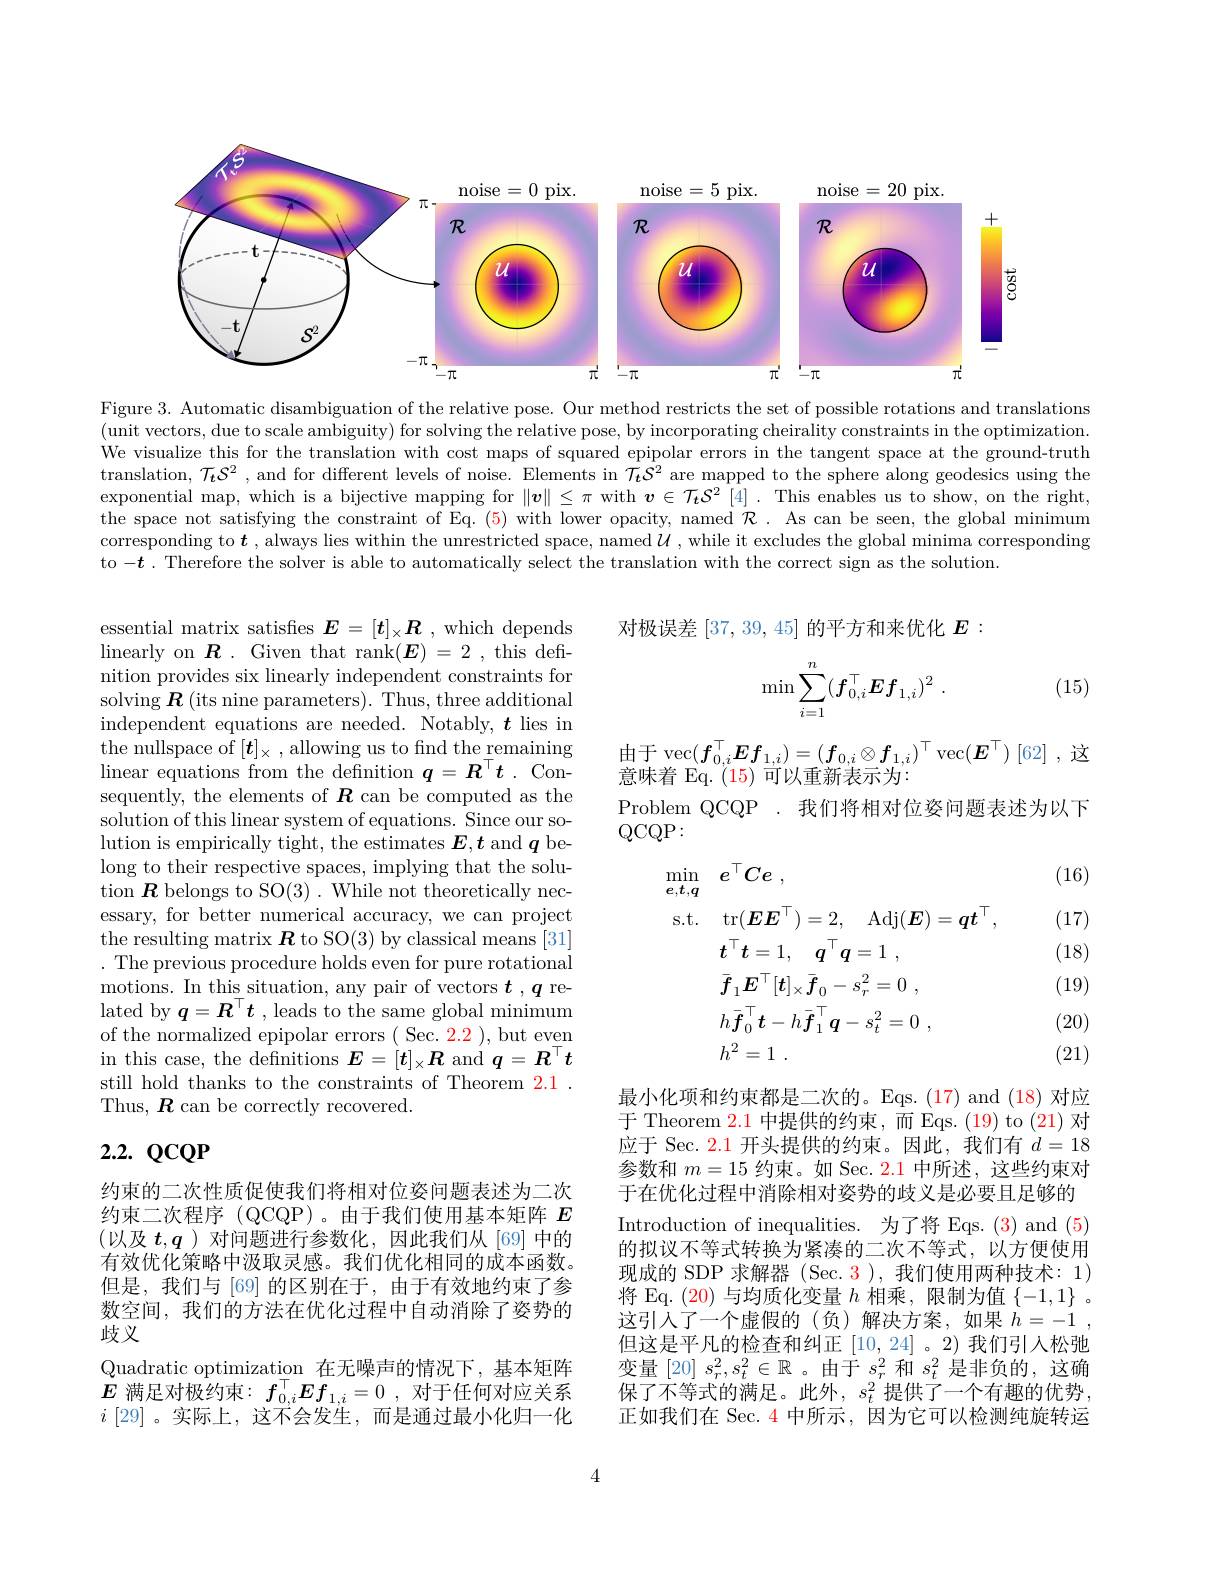
<FigureHere>

Figure 3. Automatic disambiguation of the relative pose. Our method restricts the set of posssible rotations and translations (unit vectors, due to scale ambiguity) for solving the relative pose, by incorporating cheirality constraints in the optimization. We visualize this for the translation with cost maps of squared epipolar errors in the tangent space at the ground-truth translation, $\mathcal{T}_t\mathcal{S}^2$ , and for different levels of noise. Elements in $\mathcal{T}_t\mathcal{S}^2$ are mapped to the sphere along geodesics using the exponential map, which is a bijective mapping for $\|\boldsymbol{v}\|\leq\pi$ with $\boldsymbol{v}\in\mathcal{T_tS}^2[4].$ This enables us to show, on the right, the space not satisfying the constraint of Eq. (5) with lower opacity, named $\mathcal{R}.$ As can be seen, the global minimum corresponding to $\boldsymbol{t}$ , always lies within the unrestricted space, named $\mathcal{U}$, while it excludes the global minima corresponding to $-\boldsymbol{t}.$ Therefore the solver is able to automatically select the translation with the correct sign as the solution.

对极误差[37,39,45] 的平方和来优化 $E:$

(15)
$$\min\sum_{i=1}^n(f_{0,i}^\top Ef_{1,i})^2\:.$$
由于
$$\operatorname{vec}(\boldsymbol{f}_{0,i}^{\top}\boldsymbol{E}\boldsymbol{f}_{1,i})=(\boldsymbol{f}_{0,i}\otimes\boldsymbol{f}_{1,i})^{\top}\operatorname{vec}(\boldsymbol{E}^{\top})$$
意味着 Eq. (15)可以重新表示为：
Problem QCQP . 我们将相对位姿问题表述为以下
$QCQP:$

essential matrix satisfies $\boldsymbol E=[\boldsymbol{t}]_\times\boldsymbol{R}$ , which depends linearly on $\boldsymbol{R}.$ Given that rank$(\boldsymbol E)=2$, this definition provides six linearly independent constraints for solving $\boldsymbol R$ (its nine parameters). Thus, three additional independent equations are needed. Notably, $t$ lies in the nullspace of $[\boldsymbol{t}]_\times$ , allowing us to fnd the remaining linear equations from the defnition $q=\boldsymbol R^\top t$ .Consequently, the elements of $\boldsymbol R$ can be computed as the solution of this linear system of equations. Since our solution is empirically tight, the estimates $\boldsymbol E,\boldsymbol{t}$ and $\boldsymbol q$ belong to their respective spaces, implying that the solution $\boldsymbol R$ belongs to SO(3). While not theoretically necessary, for better numerical accuracy, we can project the resulting matrix $\boldsymbol{R}$ to SO(3) by classical means [31] . The previous procedure holds even for pure rotational motions. In this situation, any pair of vectors $t$ , q related by $q=\boldsymbol{R}^\top\boldsymbol{t}$ , leads to the same global minimum of the normalized epipolar errors ( Sec. 2.2 ), but even in this case, the definitions $\boldsymbol E=[\boldsymbol{t}]_\times\boldsymbol{R}$ and $\boldsymbol q=\boldsymbol{R}^\top t$ still hold thanks to the constraints of Theorem 2.1 . Thus, $\boldsymbol{R}$ can be correctly recovered.

(16)

(17)

(18)
$$\begin{aligned}&\min_{\boldsymbol{e},\boldsymbol{t},\boldsymbol{q}}\quad\boldsymbol{e}^{\top}\boldsymbol{C}\boldsymbol{e}\:,\\&\mathrm{s.t.}\quad\mathrm{tr}(\boldsymbol{E}\boldsymbol{E}^{\top})=2,\quad\mathrm{Adj}(\boldsymbol{E})=\boldsymbol{q}\boldsymbol{t}^{\top},\\&\boldsymbol{t}^{\top}\boldsymbol{t}=1,\quad\boldsymbol{q}^{\top}\boldsymbol{q}=1\:,\\&\bar{\boldsymbol{f}}_{1}\boldsymbol{E}^{\top}[\boldsymbol{t}]_{\times}\bar{\boldsymbol{f}}_{0}-s_{r}^{2}=0\:,\\&h\bar{\boldsymbol{f}}_{0}^{\top}\boldsymbol{t}-h\bar{\boldsymbol{f}}_{1}^{\top}\boldsymbol{q}-s_{t}^{2}=0\:,\\&h^{2}=1\:.\end{aligned}$$
(19)

(20)

(21)

# 2.2. QcQP

最小化项和约束都是二次的。Eqs. (17) and (18) 对应于 Theorem $\color{red}{2.1}$中提供的约束，而 Eqs.(19)to(21) 对应于 Sec. 2.1 开头提供的约束。因此，我们有$d=18$ 参数和$m=15$约束。如 Sec. 2.1 中所述，这些约束对于在优化过程中消除相对姿势的歧义是必要且足够的Introduction of inequalities. 为了将 Eqs. (3) and (5的拟议不等式转换为紧凑的二次不等式，以方便使用现成的 SDP 求解器 (Sec. 3),我们使用两种技术：1) 将 Eq. (20) 与均质化变量$h$相乘，限制为值$\{-1,1\}$ 。这引人了一个虚假的(负)解决方案，如果$h= - 1$ , 但这是平凡的检查和纠正[10,24] 。2)我们引人松弛变量[20] $s_r^2,s_t^2\in\mathbb{R}$ 。由于$s_r^2$和$s_t^2$是非负的，这确保了不等式的满足。此外，$s_t^2$提供了一个有趣的优势正如我们在 Sec. $\color{red}{4}$中所示 ,因为它可以检测纯旋转运

约束的二次性质促使我们将相对位姿问题表述为二次约束二次程序 (QCQP)。由于我们使用基本矩阵$E$ (以及 $t,\boldsymbol{q})$ 对问题进行参数化，因此我们从[69]中的有效优化策略中汲取灵感。我们优化相同的成本函数。但是，我们与[69]的区别在于，由于有效地约束了参数空间，我们的方法在优化过程中自动消除了姿势的$\widetilde{\text{歧义}}$
Quadratic optimization 在无噪声的情况下，基本矩阵$E$满足对极约束：$f_0,i^{^{|}}\boldsymbol{E}f_{1,i}=0$,对于任何对应关系$i\left[29\right]$。实际上，这不会发生，而是通过最小化归一化

4